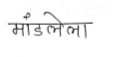
मजकूर: मांडलेला